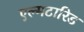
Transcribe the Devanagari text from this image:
एल्मटारिड